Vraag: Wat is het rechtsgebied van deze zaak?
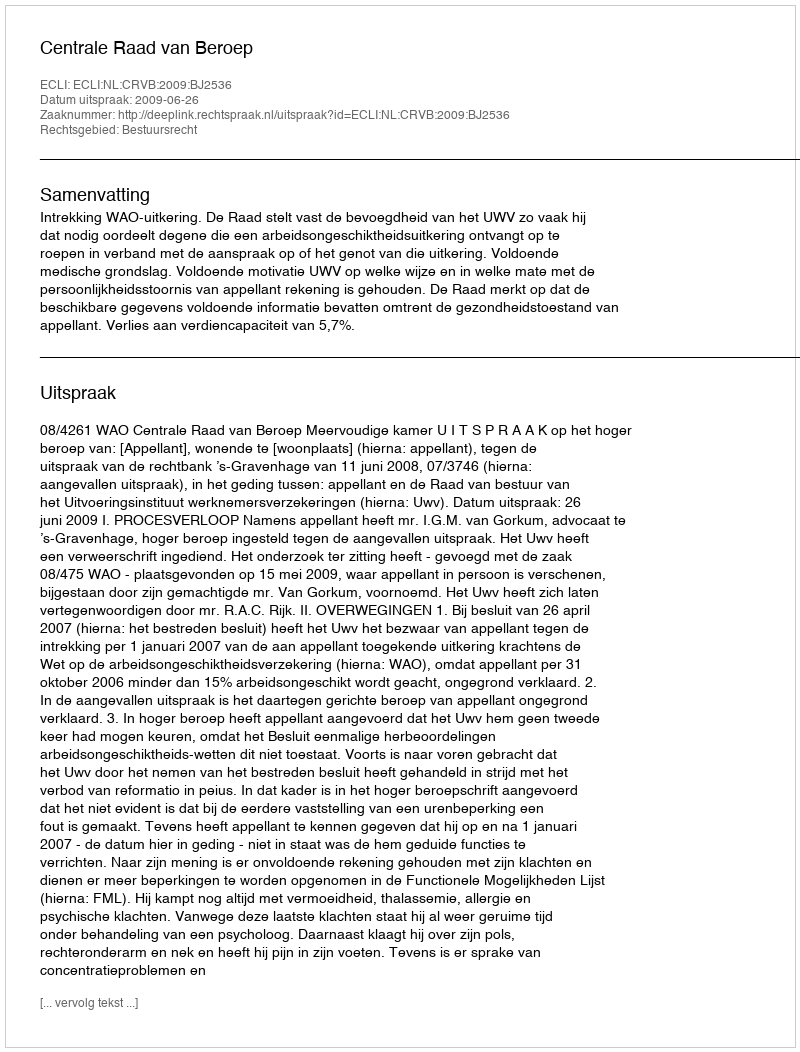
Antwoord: Bestuursrecht